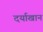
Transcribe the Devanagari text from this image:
दर्याखान